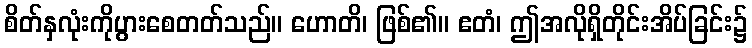
စိတ်နှလုံးကိုပွားစေတတ်သည်။ ဟောတိ၊ ဖြစ်၏။ ဧတံ၊ ဤအလိုရှိတိုင်းအိပ်ခြင်း၌